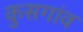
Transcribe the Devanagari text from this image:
कुसगांव